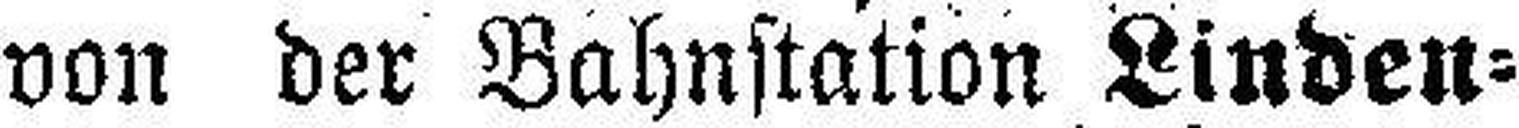
von der Bahnstation Linden¬